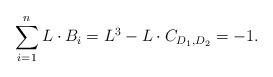
LaTeX: \begin{align*} \sum_{i=1}^n L \cdot B_i = L^3 - L \cdot C_{D_1,D_2} = -1.\end{align*}